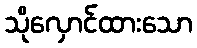
သိုလှောင်ထားသော